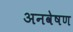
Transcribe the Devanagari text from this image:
अनवेषण